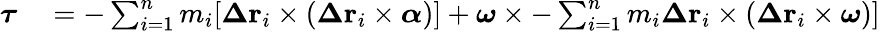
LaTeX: \begin{array}{rl}{{\boldsymbol{\tau}}}&{{}=-\sum_{i=1}^{n}m_{i}[{\boldsymbol{\Delta}}\mathbf{r}_{i}\times({\boldsymbol{\Delta}}\mathbf{r}_{i}\times{\boldsymbol{\alpha}})]+{\boldsymbol{\omega}}\times-\sum_{i=1}^{n}m_{i}{\boldsymbol{\Delta}}\mathbf{r}_{i}\times({\boldsymbol{\Delta}}\mathbf{r}_{i}\times{\boldsymbol{\omega}})]}\end{array}